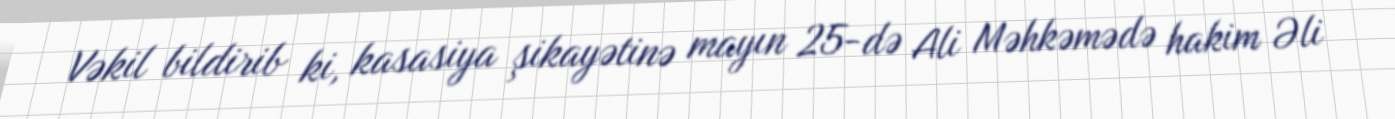
Vəkil bildirib ki, kasasiya şikayətinə mayın 25-də Ali Məhkəmədə hakim Əli